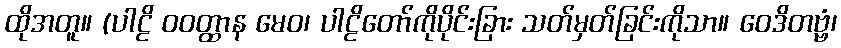
ထိုအတူ။ (ပါဠိ ဝဝတ္ထာန မေဝ၊ ပါဠိတော်ကိုပိုင်းခြား သတ်မှတ်ခြင်းကိုသာ။ ဝေဒိတဗ္ဗံ၊